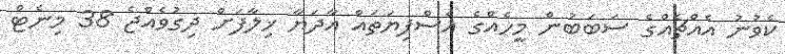
ކެވުނު އެއްޗެއްގެ ސަބަބުން މީހެއްގެ އެސްފިޔަތައް އާދަޔާ ޚިލާފަށް ދިގުވެއްޖެ 38 މިނެޓް